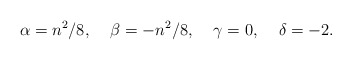
\begin{align*}\alpha = {n^2}/{8},\;\;\;\;\beta = - {n^2}/{8},\;\;\;\;\gamma = 0,\;\;\;\;\delta = -2.\end{align*}